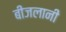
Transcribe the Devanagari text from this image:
बीजलानी